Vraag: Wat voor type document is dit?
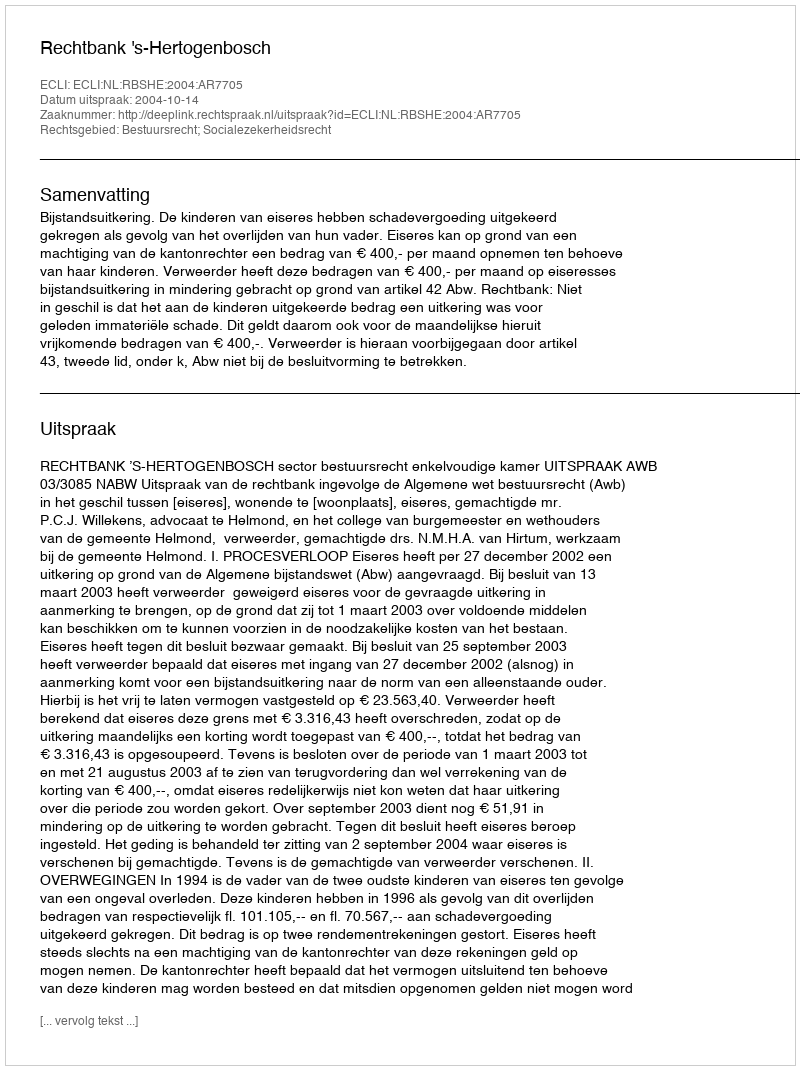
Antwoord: Uitspraak